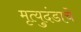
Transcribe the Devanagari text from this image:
मृत्युदंडाचे